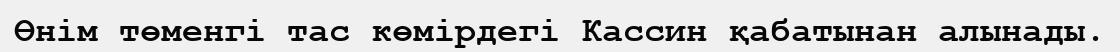
Өнім төменгі тас көмірдегі Кассин қабатынан алынады.